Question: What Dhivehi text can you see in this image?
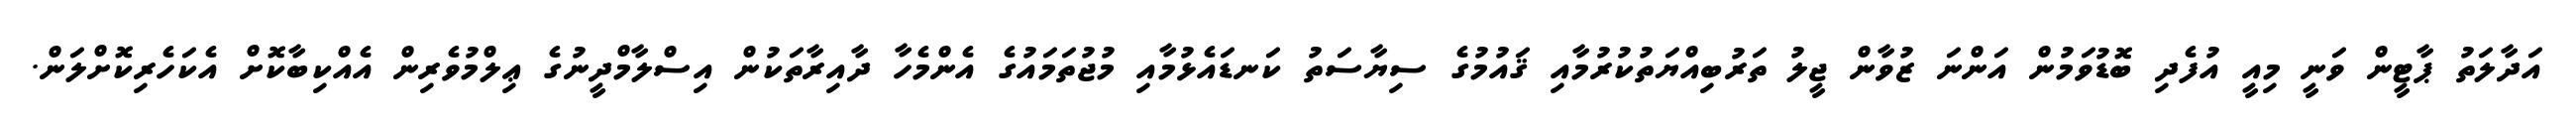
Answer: އަދާލަތު ޕާޓީން ވަނީ މިއީ އުފެދި ބޮޑުވަމުން އަންނަ ޒުވާން ޖީލު ތަރުބިއްޔަތުކުރުމާއި ޤައުމުގެ ސިޔާސަތު ކަނޑައެޅުމާއި މުޖުތަމައުގެ އެންމެހާ ދާއިރާތަކުން އިސްލާމްދީނުގެ ޢިލްމުވެރިން އެއްކިބާކޮށް އެކަހެރިކޮށްލަން.